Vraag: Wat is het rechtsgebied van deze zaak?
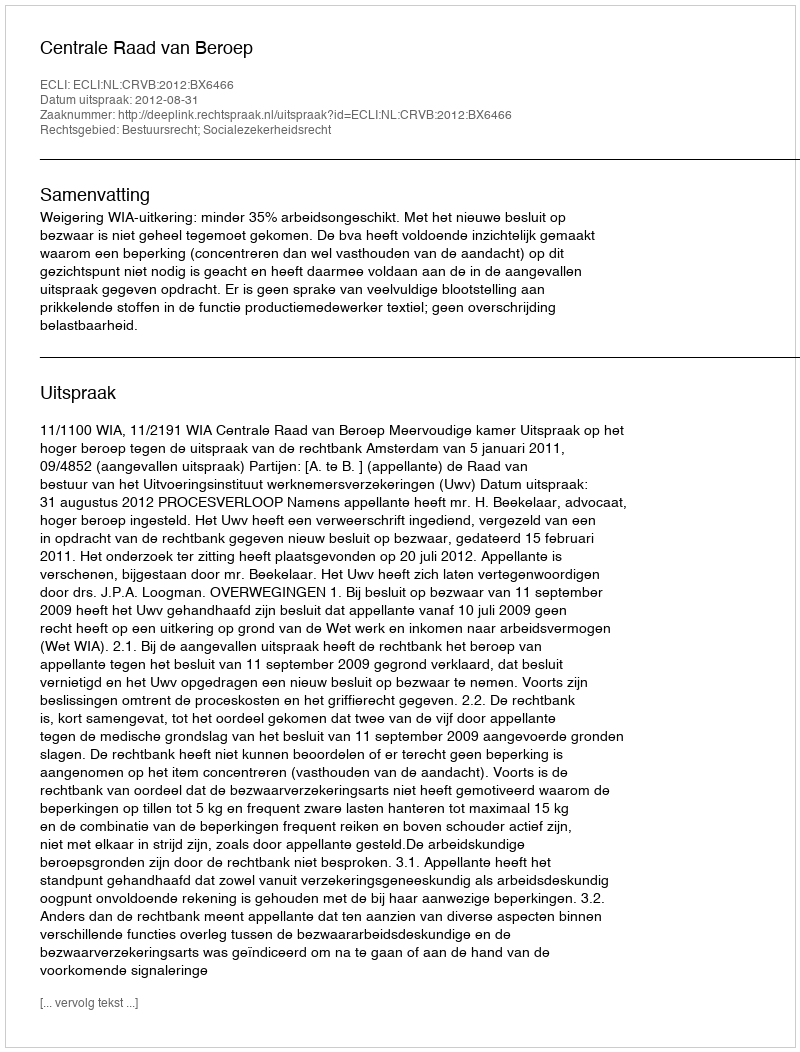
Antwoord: Bestuursrecht; Socialezekerheidsrecht